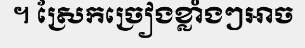
។ ស្រែកច្រៀងខ្លាំងៗអាច